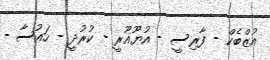
އުޒްބެކް - ފާރިސީ - އުޔޫޣޫރީ - ކުރުދީ - ހައުސާ -